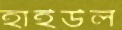
হাইউল